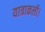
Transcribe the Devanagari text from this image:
यात्राकली।